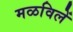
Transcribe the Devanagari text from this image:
मळविलें